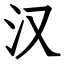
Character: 汉